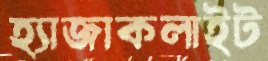
হ্যাজাকলাইট